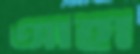
আহা